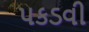
પકડવી